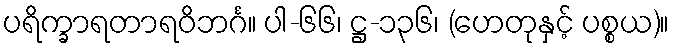
ပရိက္ခာရတာရဝိဘင်္ဂ။ ပါ-၆၆၊ ဋ္ဌ-၁၃၆၊ (ဟေတုနှင့် ပစ္စယ)။